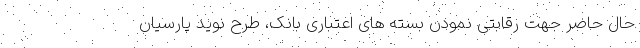
حال حاضر جهت رقابتی نمودن بسته های اعتباری بانک، طرح نوید پارسیان